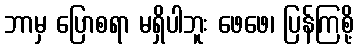
ဘာမှ ပြောစရာ မရှိပါဘူး ဖေဖေ၊ ပြန်ကြစို့